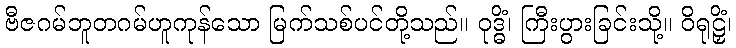
ဗီဇဂမ်ဘူတဂမ်ဟူကုန်သော မြက်သစ်ပင်တို့သည်။ ဝုဒ္ဓိံ၊ ကြီးပွားခြင်းသို့။ ဝိရုဠှိံ၊